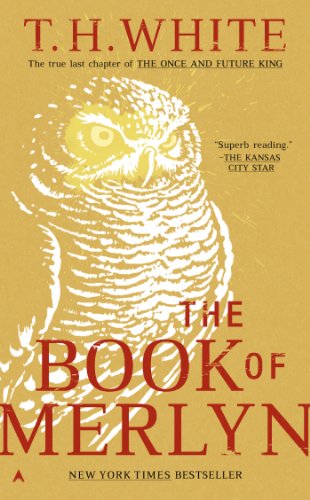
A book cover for The Book of Merlyn (Once and Future King); T. H. White; Science Fiction & Fantasy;